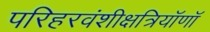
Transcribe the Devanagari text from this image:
परिहरवंशीक्षत्रियॉणॉ